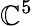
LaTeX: \mathbb{C}^{5}